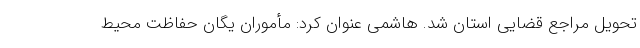
تحویل مراجع قضایی استان شد. هاشمی عنوان کرد: مأموران یگان حفاظت محیط